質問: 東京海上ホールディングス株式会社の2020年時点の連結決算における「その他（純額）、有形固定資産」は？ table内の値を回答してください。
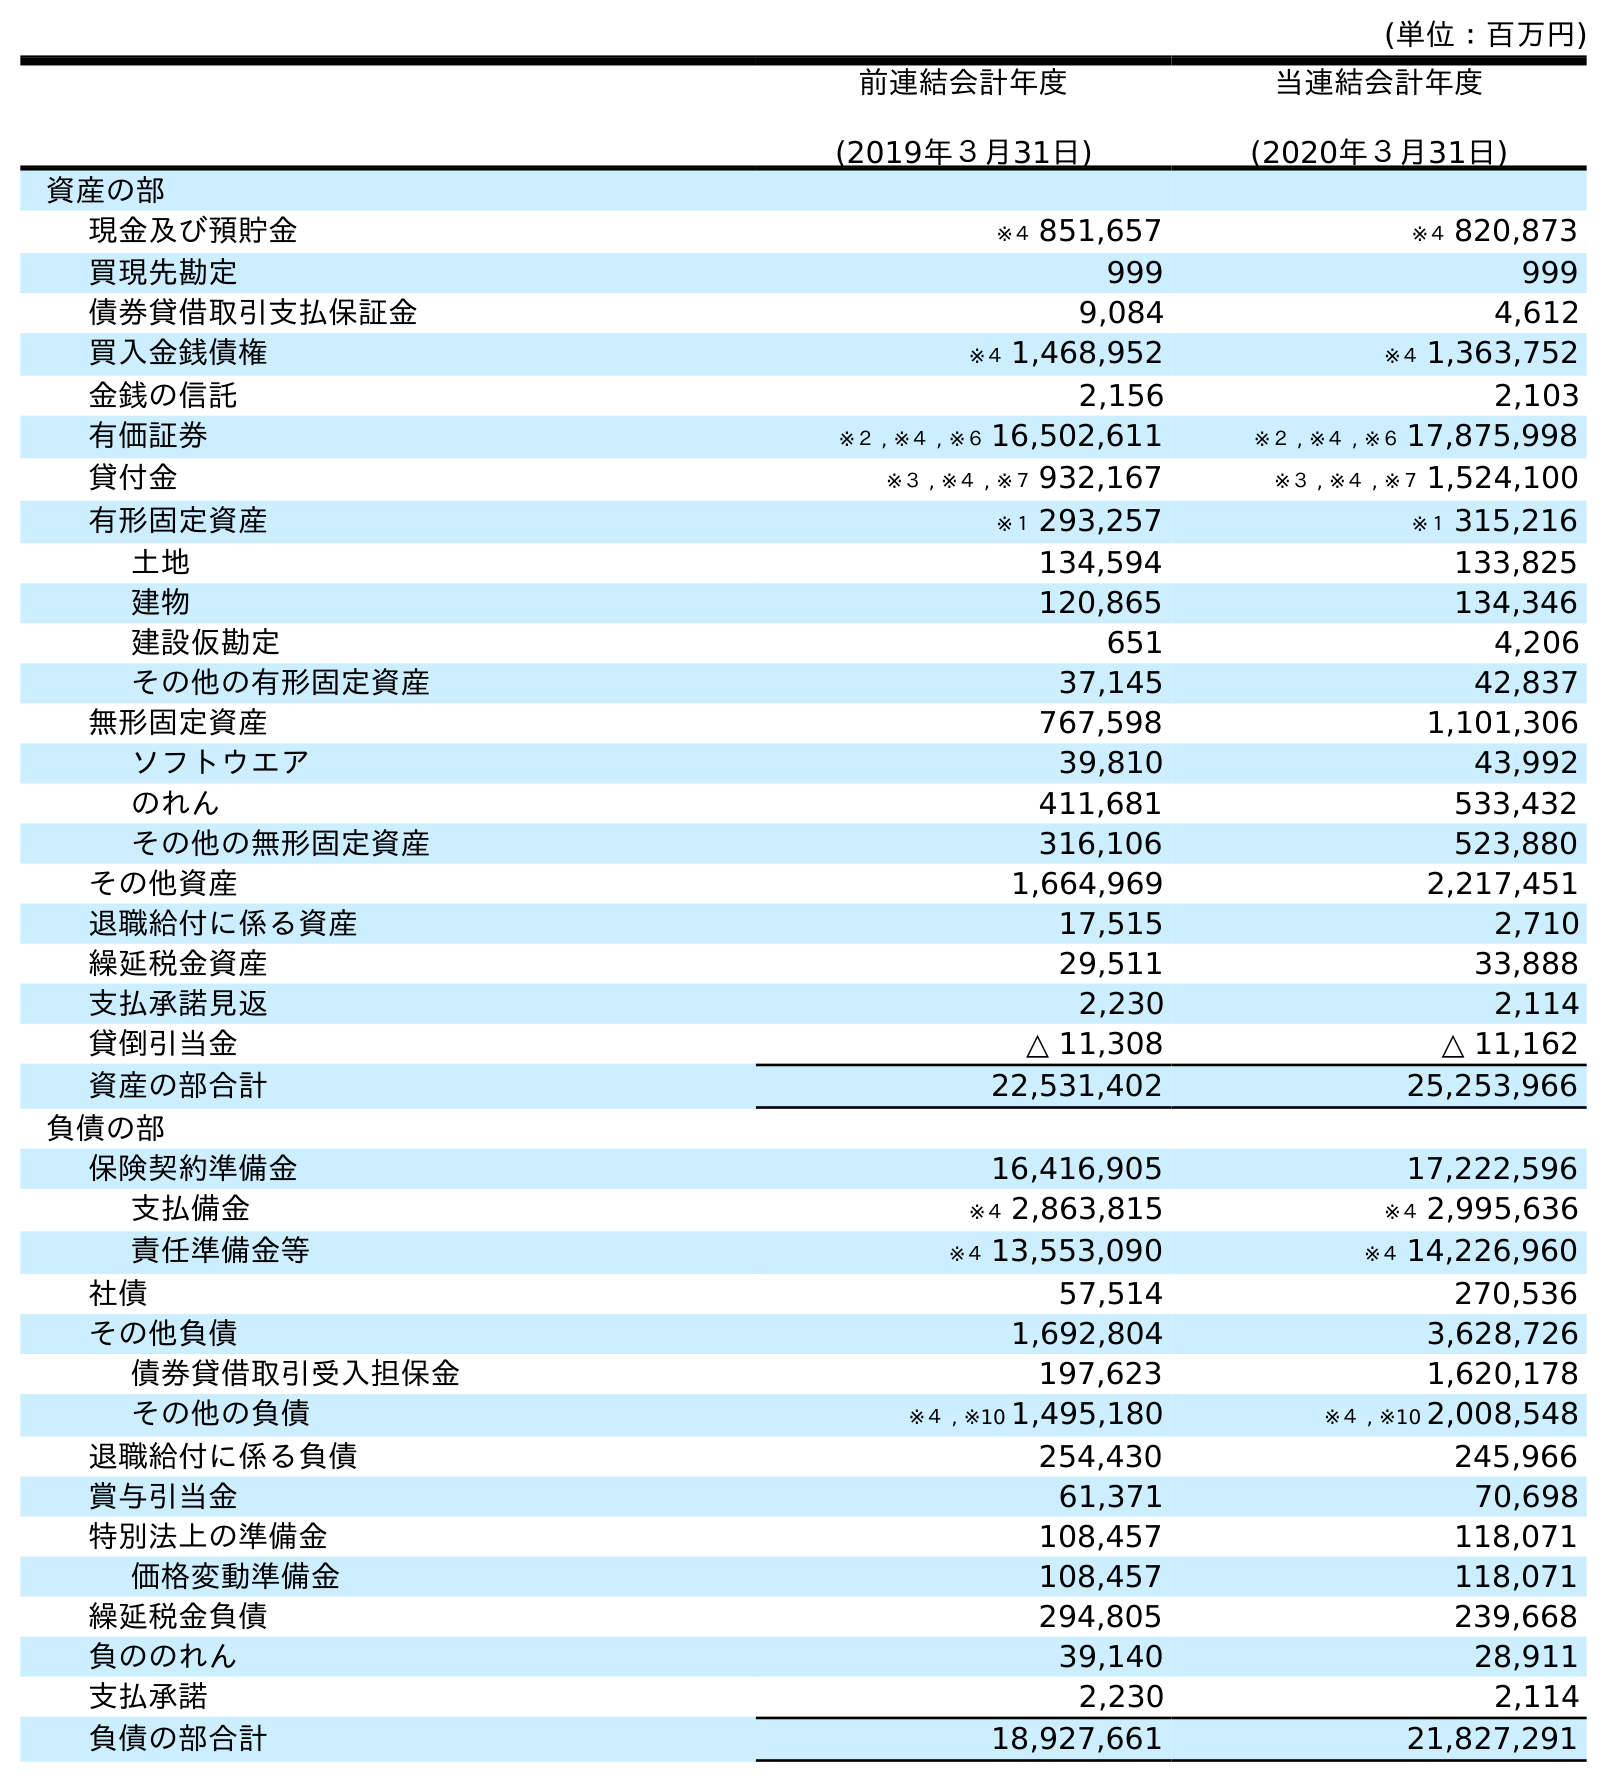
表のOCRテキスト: (単位：百万円) 前連結会計年度 (2019年３月31日) 当連結会計年度 (2020年３月31日) 資産の部 現金及び預貯金 ※４ 851,657 ※４ 820,873 買現先勘定 999 999 債券貸借取引支払保証金 9,084 4,612 買入金銭債権 ※４ 1,468,952 ※４ 1,363,752 金銭の信託 2,156 2,103 有価証券 ※２ , ※４ , ※６ 16,502,611 ※２ , ※４ , ※６ 17,875,998 貸付金 ※３ , ※４ , ※７ 932,167 ※３ , ※４ , ※７ 1,524,100 有形固定資産 ※１ 293,257 ※１ 315,216 土地 134,594 133,825 建物 120,865 134,346 建設仮勘定 651 4,206 その他の有形固定資産 37,145 42,837 無形固定資産 767,598 1,101,306 ソフトウエア 39,810 43,992 のれん 411,681 533,432 その他の無形固定資産 316,106 523,880 その他資産 1,664,969 2,217,451 退職給付に係る資産 17,515 2,710 繰延税金資産 29,511 33,888 支払承諾見返 2,230 2,114 貸倒引当金 △ 11,308 △ 11,162 資産の部合計 22,531,402 25,253,966 負債の部 保険契約準備金 16,416,905 17,222,596 支払備金 ※４ 2,863,815 ※４ 2,995,636 責任準備金等 ※４ 13,553,090 ※４ 14,226,960 社債 57,514 270,536 その他負債 1,692,804 3,628,726 債券貸借取引受入担保金 197,623 1,620,178 その他の負債 ※４ , ※10 1,495,180 ※４ , ※10 2,008,548 退職給付に係る負債 254,430 245,966 賞与引当金 61,371 70,698 特別法上の準備金 108,457 118,071 価格変動準備金 108,457 118,071 繰延税金負債 294,805 239,668 負ののれん 39,140 28,911 支払承諾 2,230 2,114 負債の部合計 18,927,661 21,827,291
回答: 42,837